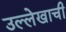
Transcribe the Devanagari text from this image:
उल्लेखाची